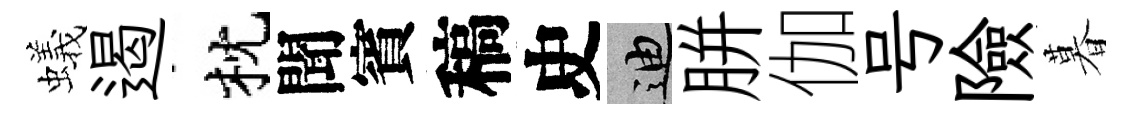
蟻遏枕聞賓稿史迪胼伽号險暮